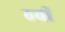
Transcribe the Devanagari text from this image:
ठवीं